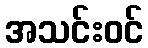
အသင်းဝင်